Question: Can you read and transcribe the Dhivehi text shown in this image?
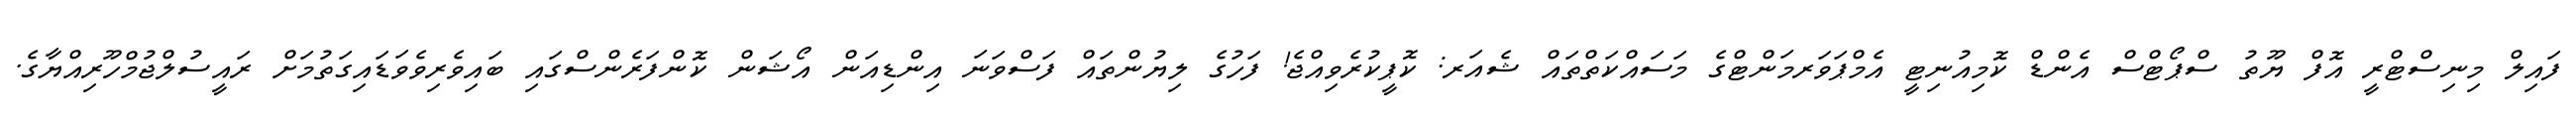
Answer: ފައިލް މިނިސްޓްރީ އޮފް ޔޫތު ސްޕޯޓްސް އެންޑް ކޮމިއުނިޓީ އެމްޕަވަރމަންޓްގެ މަސައްކަތްތައް ޝެއަރ: ކޮޕީކުރެވިއްޖެ! ފަހުގެ ލިޔުންތައް ފަސްވަނަ އިންޑިއަން އޯޝަން ކޮންފަރެންސްގައި ބައިވެރިވެވަޑައިގަތުމަށް ރައީސުލްޖުމްހޫރިއްޔާގެ.